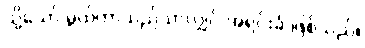
သို့သော် မ္လယ်တာသည်သာလျှင် အရင်းခံ ဖြစ်သည်။